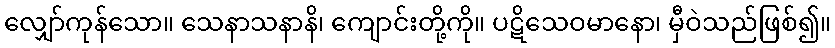
လျှော်ကုန်သော။ သေနာသနာနိ၊ ကျောင်းတို့ကို။ ပဋိသေဝမာနော၊ မှီဝဲသည်ဖြစ်၍။